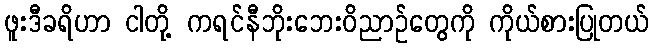
ဖူးဒီခရိဟာ ငါတို့ ကရင်နီဘိုးဘေးဝိညာဉ်တွေကို ကိုယ်စားပြုတယ်